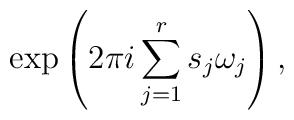
\exp \left( 2 \pi i \sum_{j=1}^r s_j \omega_j \right),